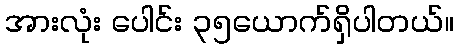
အားလုံး ပေါင်း ၃၅ယောက်ရှိပါတယ်။